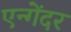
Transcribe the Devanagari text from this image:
एन्गेंदर